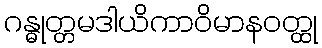
ဂန္ဓုတ္တမဒါယိကာဝိမာနဝတ္ထု